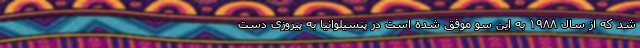
شد که از سال ۱۹۸۸ به این سو موفق شده است در پنسیلوانیا به پیروزی دست